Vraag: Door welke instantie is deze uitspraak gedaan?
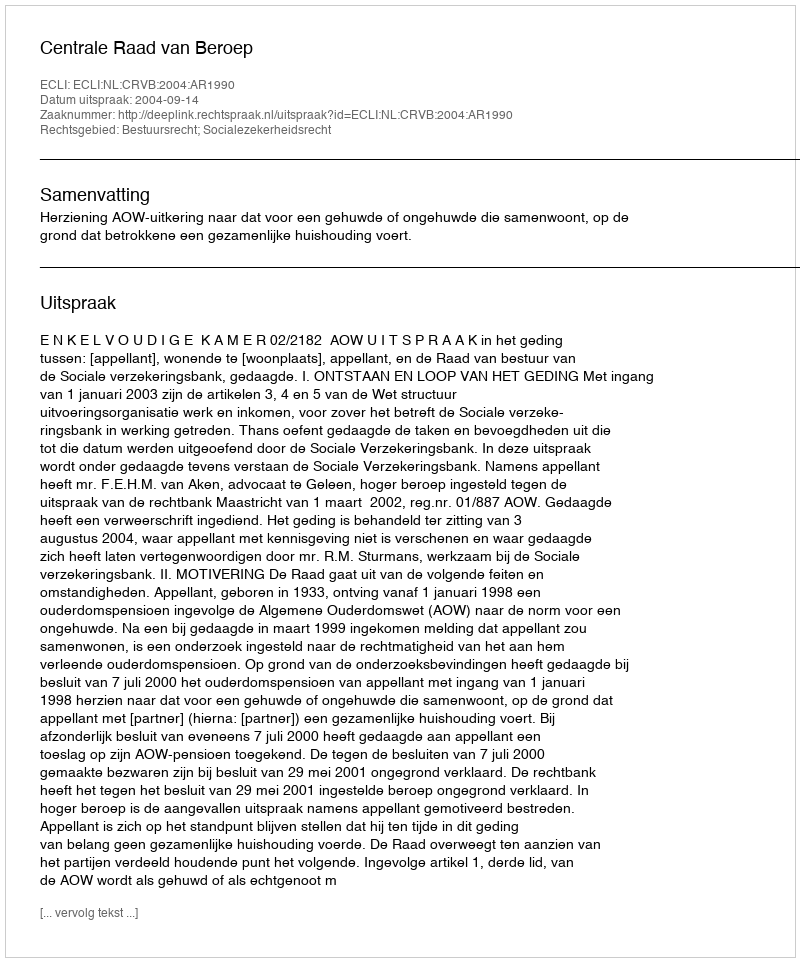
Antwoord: Centrale Raad van Beroep